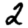
Digit: 2